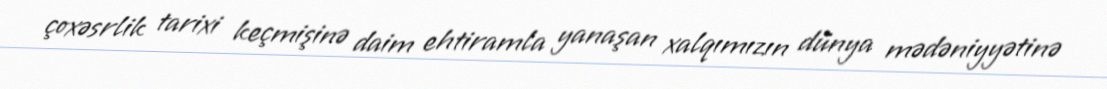
çoxəsrlik tarixi keçmişinə daim ehtiramla yanaşan xalqımızın dünya mədəniyyətinə